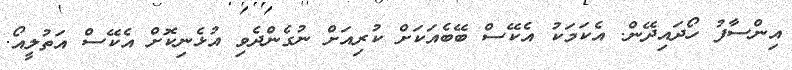
އިންސާފު ހޯދައިދޭން. އެކަމަކު އެކޭސް ބޭބެއަކަށް ކުރިއަށް ނުގެންދެވި އުޅެނިކޮށް އެކޭސް އަތުލީއޯ.